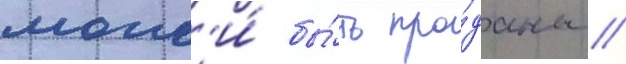
могл'и́ бы́ть про́даны /